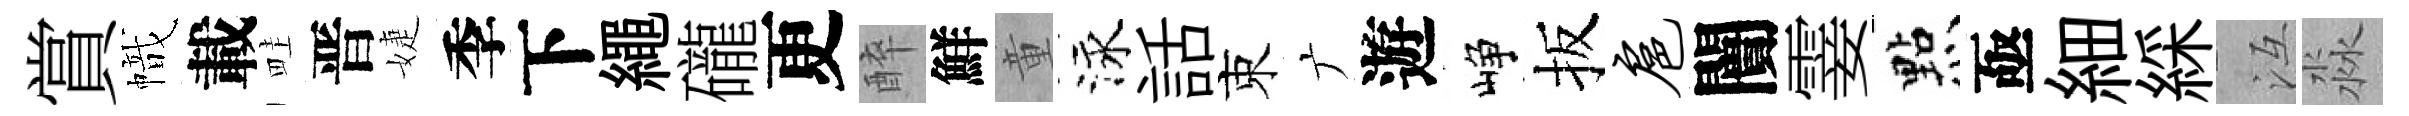
賞幟載畦晋婕季下繩礲更醉鮮童泳話束广遊峥扳扈闠霎㸃亟細綵冱淼